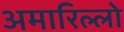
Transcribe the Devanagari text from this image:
अमारिल्लो